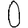
Digit: 0